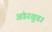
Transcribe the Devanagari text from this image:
अंडरवुड।